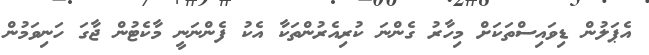
އެޕަލުން ޑިވައިސްތަކަށް މިހާރު ގެންނަ ކުރިއެރުންތަކާ އެކު ފެންނަނީ މާކެޓުން ޖާގަ ހަނިވަމުން